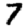
Digit: 7